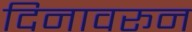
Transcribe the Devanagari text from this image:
दिनावरून